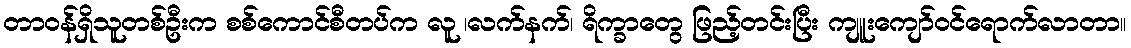
တာဝန်ရှိသူတစ်ဦးက စစ်ကောင်စီတပ်က လူ ၊လက်နက်၊ ရိက္ခာတွေ ဖြည့်တင်းပြီး ကျူးကျော်ဝင်ရောက်လာတာ။